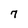
Character: 7